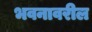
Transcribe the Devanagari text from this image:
भवनावरील